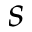
s